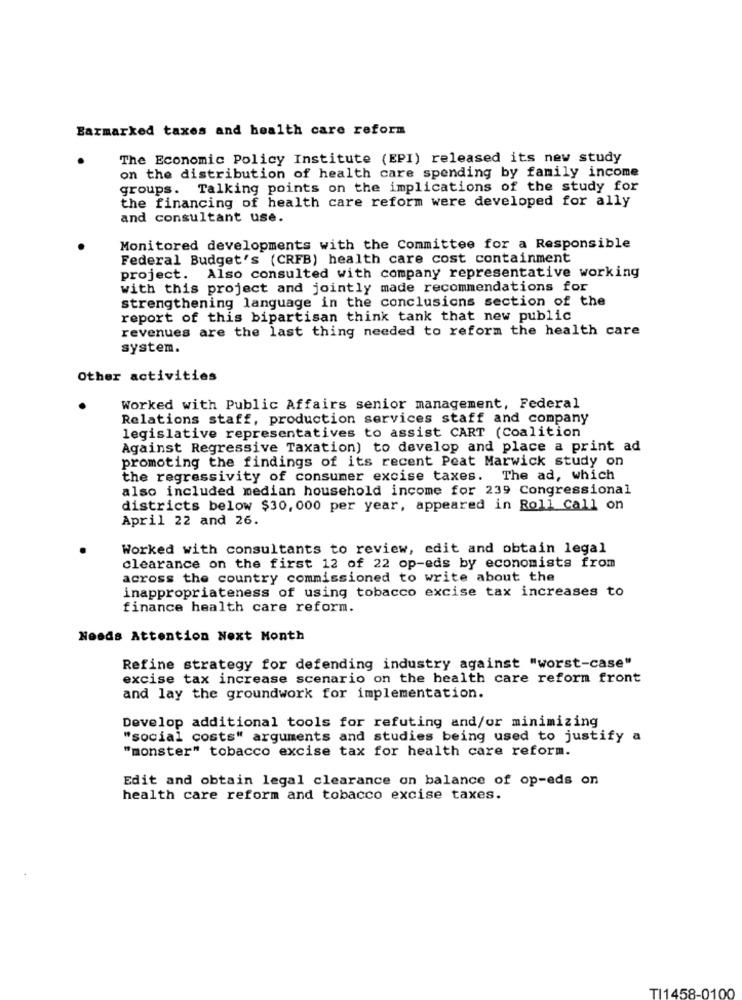
Earmarked taxes and health care reform
The Economic Policy Institute (EPI) released its new study
on the distribution of health care spending by family income
groups. Talking points on the implications of the study for
the financing of health care reform were developed for ally
and consultant use.
Monitored developments with the Committee for a Responsible
Federal Budget's (CRFB) health care cost containment
project. Also consulted with company representative working
with this project and jointly made recommendations for
strengthening language in the conclusions section of the
report of this bipartisan think tank that new public
revenues are the last thing needed to reform the health care
system.
Other activities
Worked with Public Affairs senior management, Federal
Relations staff, production services staff and company
legislative representatives to assist CART (Coalition
Against Regressive Taxation) to develop and place a print ad
promoting the findings of its recent Peat Marwick study on
the regressivity of consumer excise taxes. The ad, which
also included median household income for 239 Congressional
districts below $30,000 per year, appeared in Roll Call on
April 22 and 26.
Worked with consultants to review, edit and obtain legal
clearance on the first 12 of 22 op-eds by economists from
across the country commissioned to write about the
inappropriateness of using tobacco excise tax increases to
finance health care reform.
Needs Attention Next Month
Refine strategy for defending industry against "worst-case"
excise tax increase scenario on the health care reform front
and lay the groundwork for implementation.
Develop additional tools for refuting and/or minimizing
"social costs" arguments and studies being used to justify a
"monster" tobacco excise tax for health care reform.
Edit and obtain legal clearance on balance of op-eds on
health care reform and tobacco excise taxes.
TI1458-0100